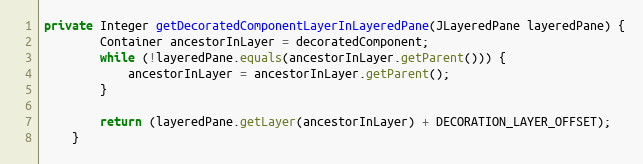
Language: Java
private Integer getDecoratedComponentLayerInLayeredPane(JLayeredPane layeredPane) {
        Container ancestorInLayer = decoratedComponent;
        while (!layeredPane.equals(ancestorInLayer.getParent())) {
            ancestorInLayer = ancestorInLayer.getParent();
        }

        return (layeredPane.getLayer(ancestorInLayer) + DECORATION_LAYER_OFFSET);
    }